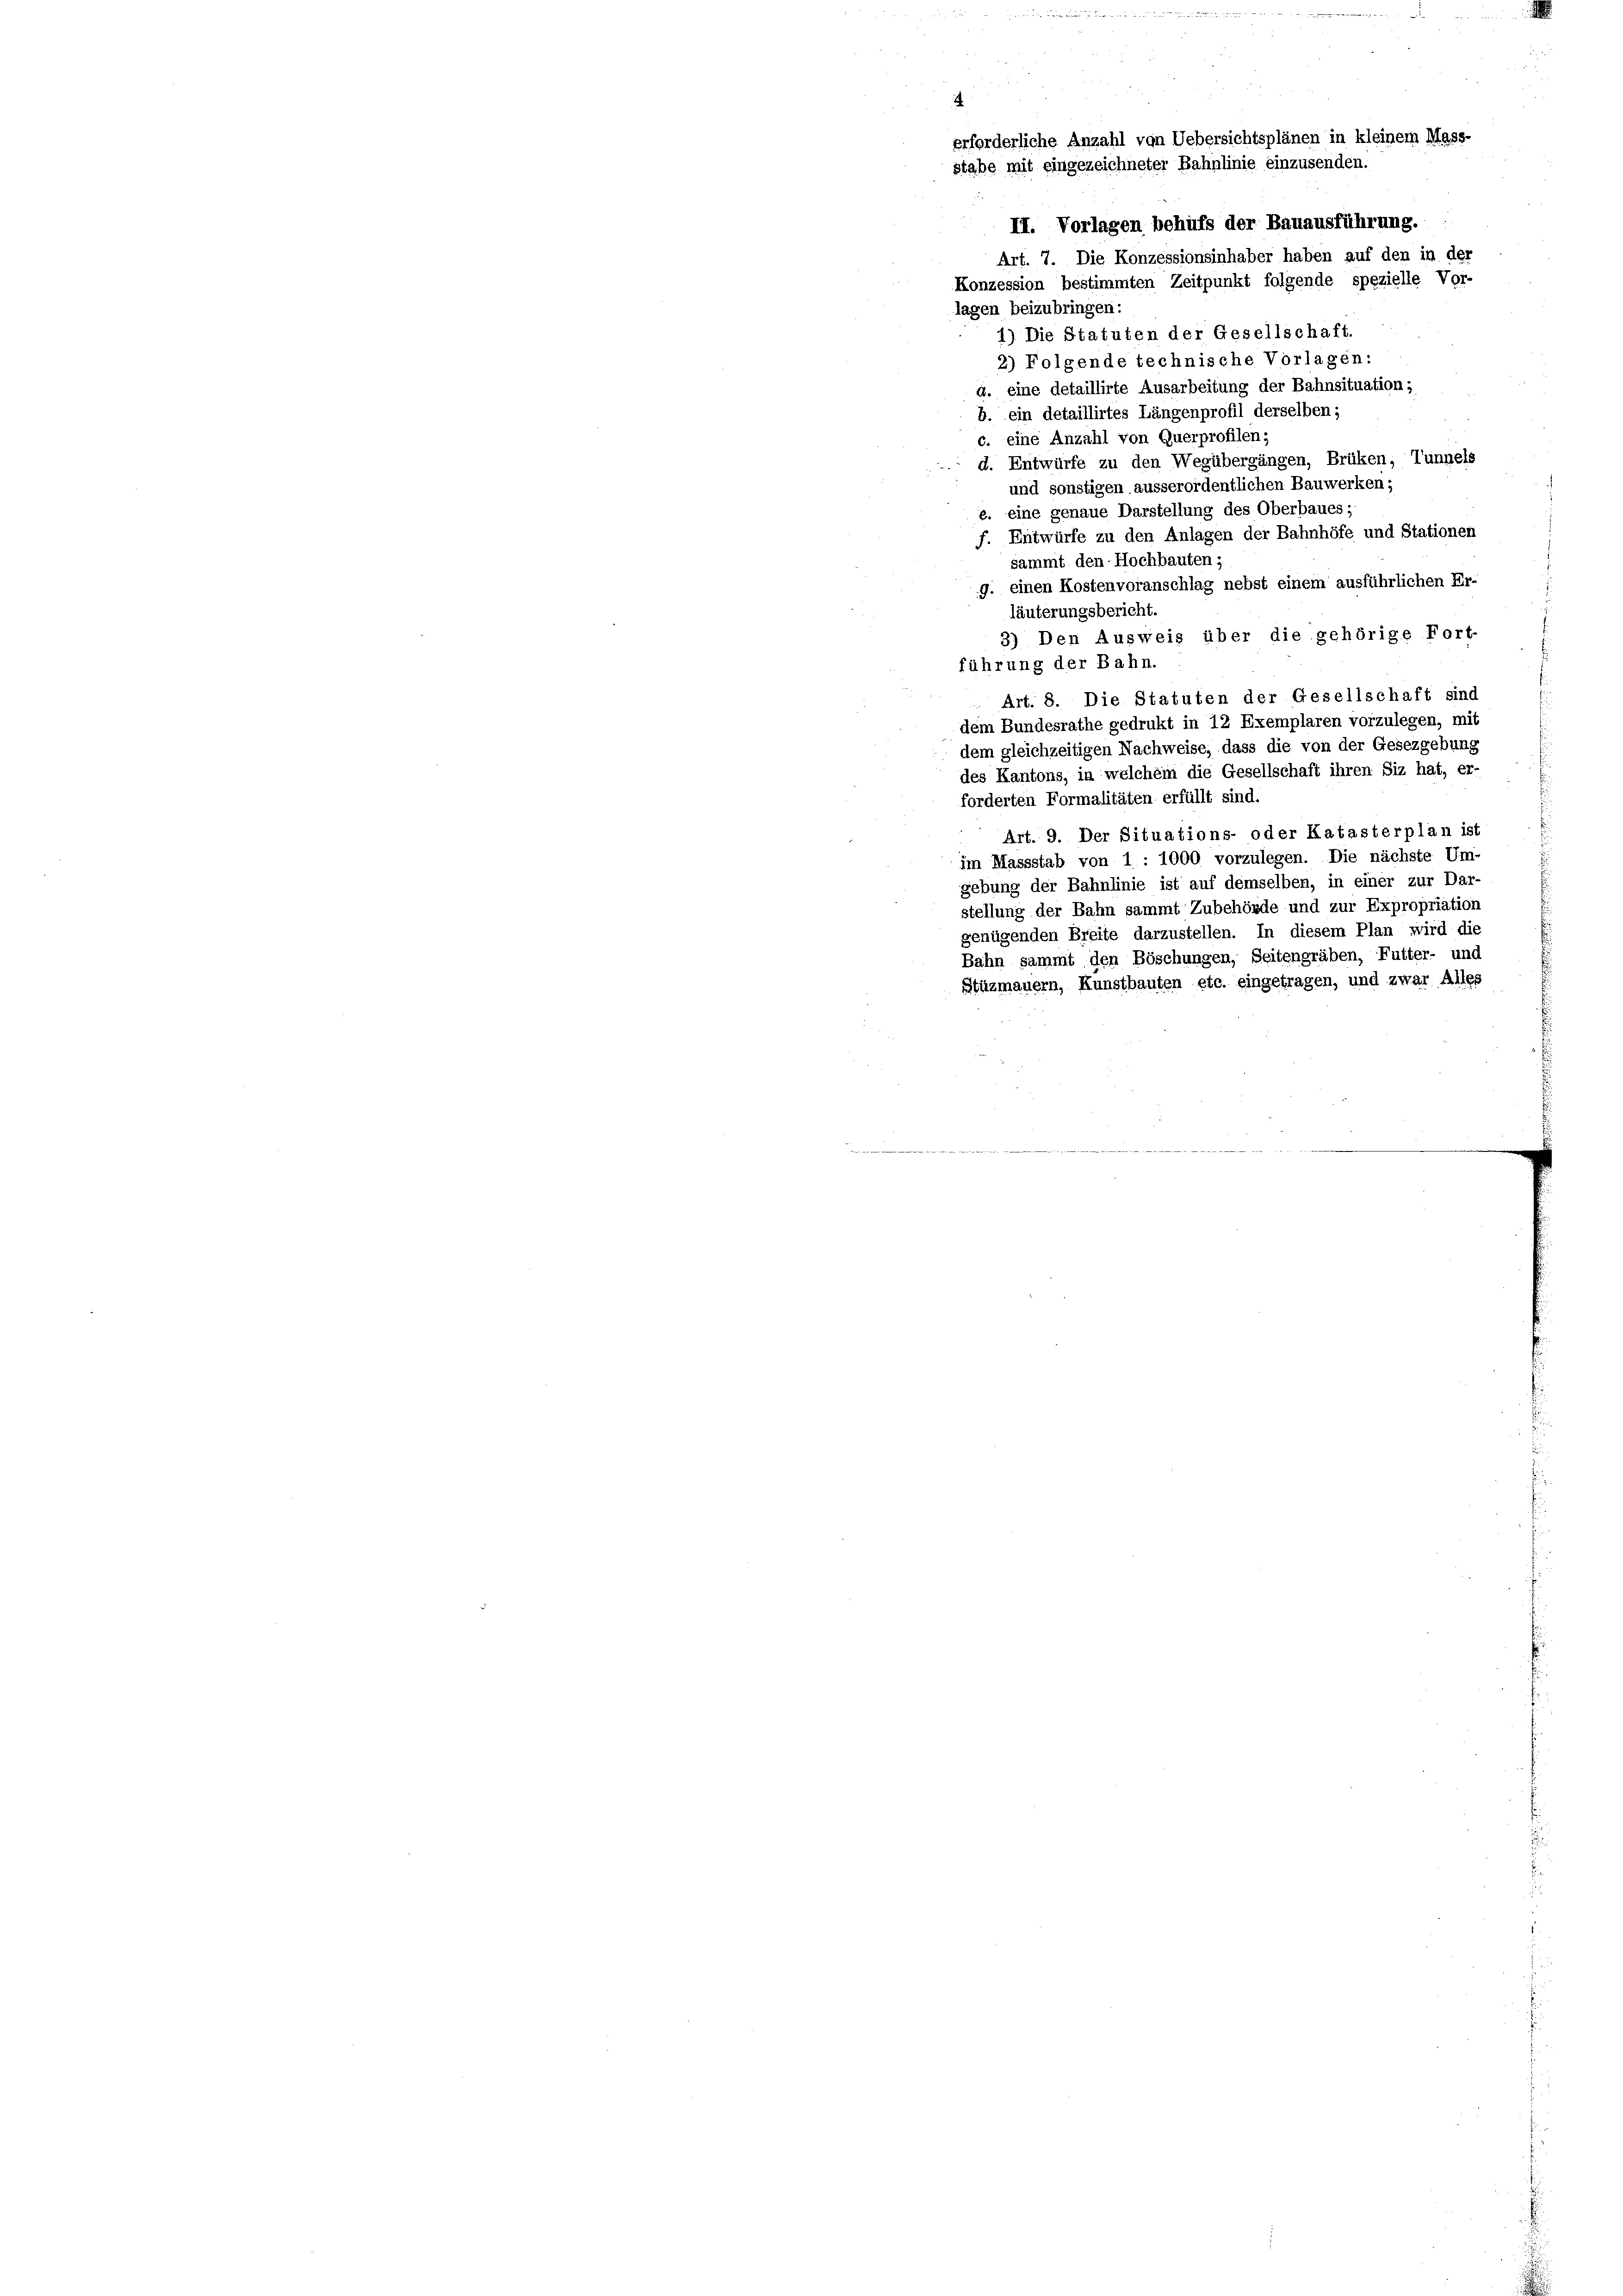
erforderliche Anzahl von Uebersichtsplänen in kleinem Mass-
stabe mit eingezeichneter Bahnlinie einzusenden.

II. Vorlagen behufs der Bauausführung.
Art. 7. Die Konzessionsinhaber haben auf den in der
Konzession bestimmten Zeitpunkt folgende spezielle Vor-
lagen beizubringen:
1) Die Statuten der Gesellschaft.
2) Folgende technische Vorlagen:
d. eine detaillirte Ausarbeitung der Bahnsituation;
b. ein detaillirtes Längenprofil derselben;
c. eine Anzahl von Querprofilen;
d. Entwürfe zu den Wegübergängen, Brüken, Tunnels
und sonstigen ausserordentlichen Bauwerken;
z. eine genaue Darstellung des Oberbaues
f. Entwürfe zu den Anlagen der Bahnhöfe und Stationen
sammt den Hochbauten;
J. einen Kostenvoranschlag nebst einem ausführlichen Er-
läuterungsbericht.
3) Den Ausweis über die gehörige Fort-
führung der Bahn.
 Art. 8. Die Statuten der Gesellschaft sind
dem Bundesrathe gedrukt in 12 Exemplaren vorzulegen, mit
dem gleichzeitigen Nachweise, dass die von der Gesezgebung
n.
des Kantons, in welchem die Gesellschaft ihre
forderten Formalitäten erfüllt sind.
Art. 9. Der Situations- oder Katasterplan ist
im Massstab von 1 : 1000 vorzulegen. Die nächste Um-
gebung der Bahnlinie ist auf demselben, in einer zur
stellung der Bahn sammt Zubehörde und zur Expropriation
genügenden Breite darzustellen. In diesem Plan wird die
Bahn sammt den Böschungen, Seitengräben, Futter- und
Stüzmauern, Kunstbauten etc. eingetragen, und zwar Alles